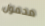
محمول